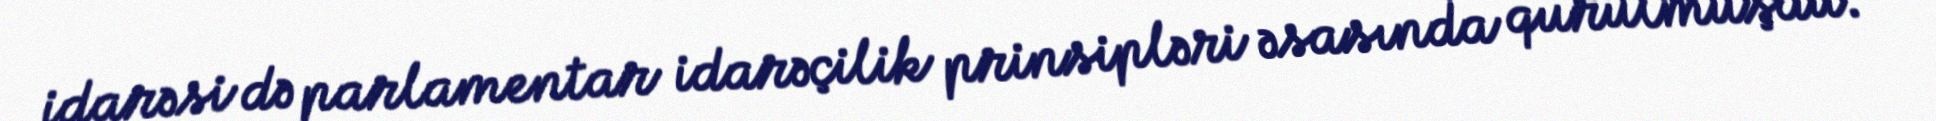
idarəsi də parlamentar idarəçilik prinsipləri əsasında qurulmuşdu.